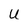
Character: U